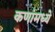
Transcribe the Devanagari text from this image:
कणांमध्ये